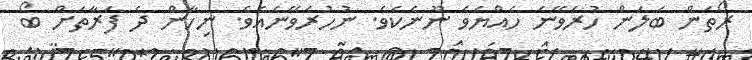
ރޯތަން ބަލަން ހުރެވޭނެ ހެއްޔެވެ ނޫނެކެވެ. ނުހުރެވޭނެއެވެ. ނިހާން ދެ ފަރާތަށް ބޯ